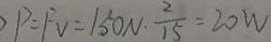
P = F V = 1 5 0 N \cdot \frac { 2 } { 1 5 } = 2 0 W